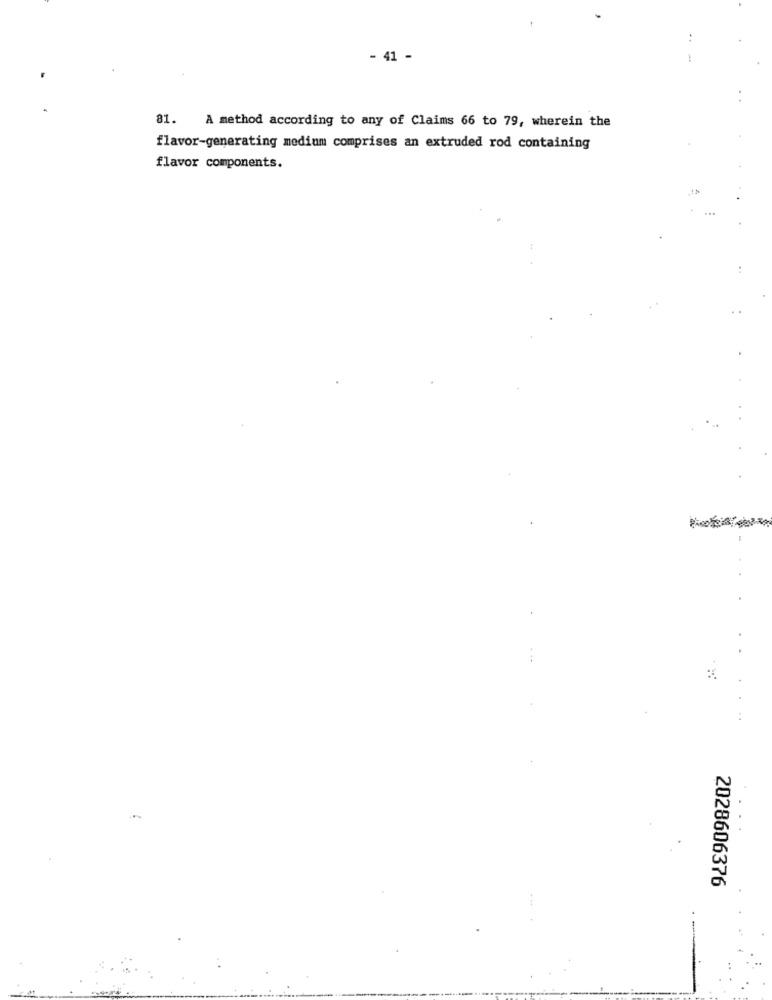
..
- 41 -
81.
A method according to any of Claims 66 to 79, wherein the
flavor-generating medium comprises an extruded rod containing
flavor components.
..
...
2028606376